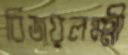
বিজয়লক্ষ্মী